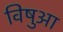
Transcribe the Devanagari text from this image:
विषुआ